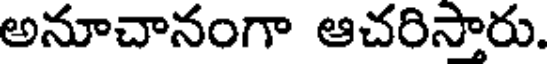
అనూచానంగా ఆచరిసారు.